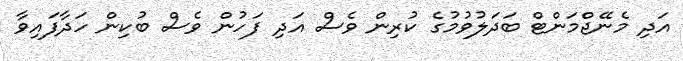
އަދި މެނޭޖްމަންޓް ބަދަލުވުމުގެ ކުރިން ވެސް އަދި ފަހުން ވެސް ބުކިން ހަދާފައިވާ